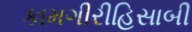
કામગીરીહિસાબી